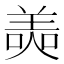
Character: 𦎙